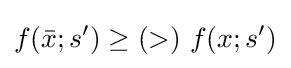
f({\bar {x}};s')\geq (>)\ f(x;s')